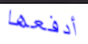
أدفعها